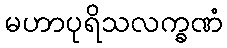
မဟာပုရိသလက္ခဏံ